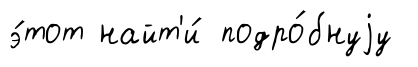
э́тот найт'и́ подро́бнуjу